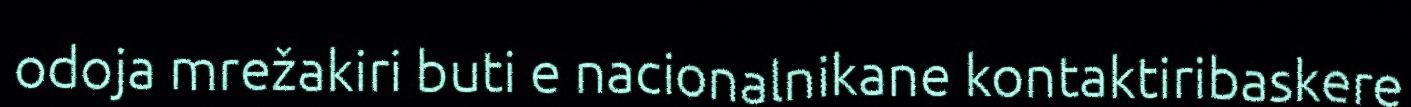
odoja mrežakiri buti e nacionalnikane kontaktiribaskere